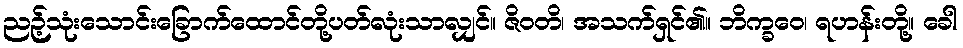
ညဉ့်သုံးသောင်းခြောက်ထောင်တို့ပတ်လုံးသာလျှင်။ ဇိဝတိ၊ အသက်ရှင်၏။ ဘိက္ခဝေ၊ ရဟန်းတို့။ ခေါ